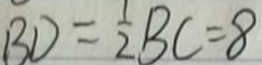
B D = \frac { 1 } { 2 } B C = 8